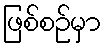
ဖြစ်စဉ်မှာ